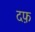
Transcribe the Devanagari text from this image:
दफ़